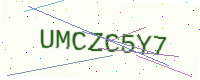
Text: UMCZC5Y7